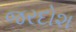
જરદોશ